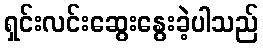
ရှင်းလင်းဆွေးနွေးခဲ့ပါသည်